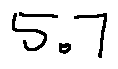
5 . 7